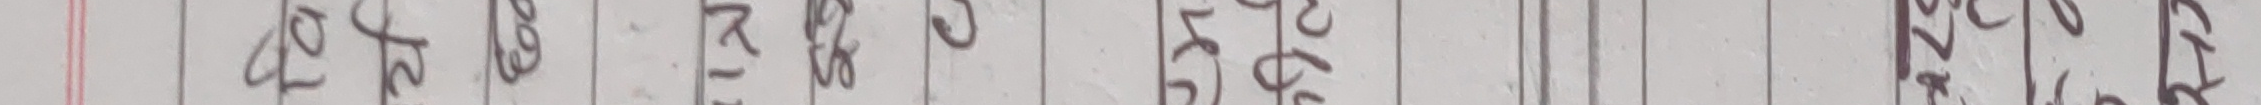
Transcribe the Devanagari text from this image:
५०२०७०९०७२००१३